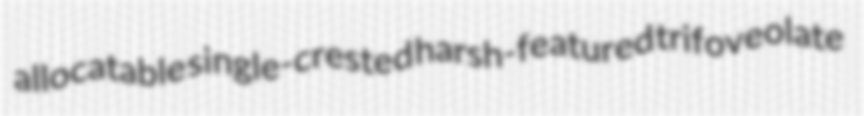
allocatable single-crested harsh-featured trifoveolate